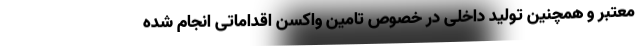
معتبر و همچنین تولید داخلی در خصوص تامین واکسن اقداماتی انجام شده